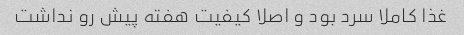
غذا کاملا سرد بود و اصلا کیفیت هفته پیش رو نداشت